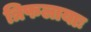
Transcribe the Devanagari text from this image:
त्रिफलायाः